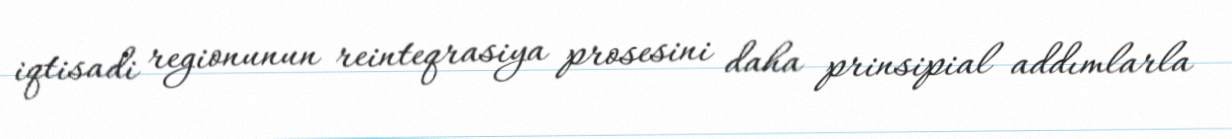
iqtisadi regionunun reinteqrasiya prosesini daha prinsipial addımlarla